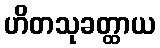
ဟိတသုခတ္ထာယ